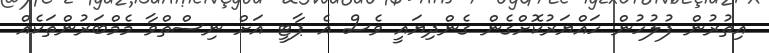
އިތުރުން ފުލުހުން ހައްޔަރުކޮށްގެން ގެންދިޔައީ ވެސް އެ ޕާޓީ އަށް ނިސްތްވާ މެމްބަރުންތަކެއް